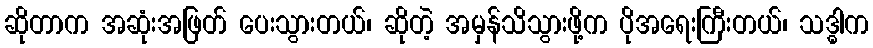
ဆိုတာက အဆုံးအဖြတ် ပေးသွားတယ်၊ ဆိုတဲ့ အမှန်သိသွားဖို့က ပိုအရေးကြီးတယ်၊ သဒ္ဓါက